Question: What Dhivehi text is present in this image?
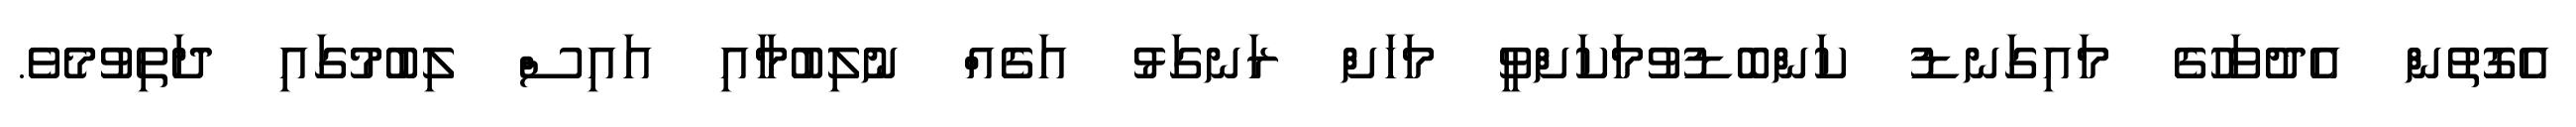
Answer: އެގޮތުން އެދުވަހުގެ މައިގަނޑު ކަންބޮޑުވުމަކަށްވީ މަހަށް ރަނގަޅު އަގެއް ނުލިބުމާއި އައިސް ލިބުމުގައި ދަތިވުމެވެ.